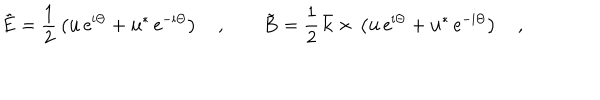
LaTeX: \tilde { { \bf E } } { } = { } \frac { 1 } { 2 } \, \left( { \bf u } \, \mathrm { e } ^ { \mathrm { i } \Theta } { } + { } { \bf u } ^ { * } \, \mathrm { e } ^ { - \mathrm { i } \Theta } \right) \quad , \qquad \tilde { { \bf B } } { } = { } \frac { 1 } { 2 } \, \bar { \bf k } { } \times { } \left( { \bf u } \, \mathrm { e } ^ { \mathrm { i } \Theta } { } + { } { \bf u } ^ { * } \, \mathrm { e } ^ { - \mathrm { i } \Theta } \right) \quad ,